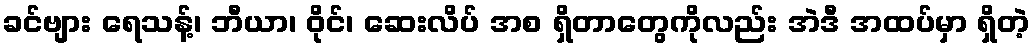
ခင်ဗျား ရေသန့်၊ ဘီယာ၊ ဝိုင်၊ ဆေးလိပ် အစ ရှိတာတွေကိုလည်း အဲဒီ အထပ်မှာ ရှိတဲ့